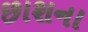
છાશના